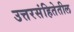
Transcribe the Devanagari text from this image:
उत्तरसंहितेतील